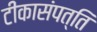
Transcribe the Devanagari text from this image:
टीकासंपत्ति